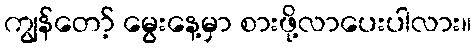
ကျွန်တော့် မွေးနေ့မှာ စားဖို့လာပေးပါလား။